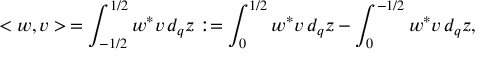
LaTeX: < w , v > \, = \int _ { - 1 / 2 } ^ { 1 / 2 } w ^ { * } v \, d _ { q } z : = \int _ { 0 } ^ { 1 / 2 } w ^ { * } v \, d _ { q } z - \int _ { 0 } ^ { - 1 / 2 } w ^ { * } v \, d _ { q } z ,